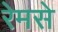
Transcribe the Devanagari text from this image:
रेमसे